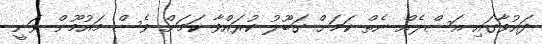
ދައުވާގައި އަސްލެއް ނެތް ކަމަށް ގަބޫލު ކުރައްވާ ކަމަށް ވެސް މައުމޫން ވަނީ